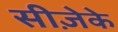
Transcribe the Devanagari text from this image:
सीज़ेके